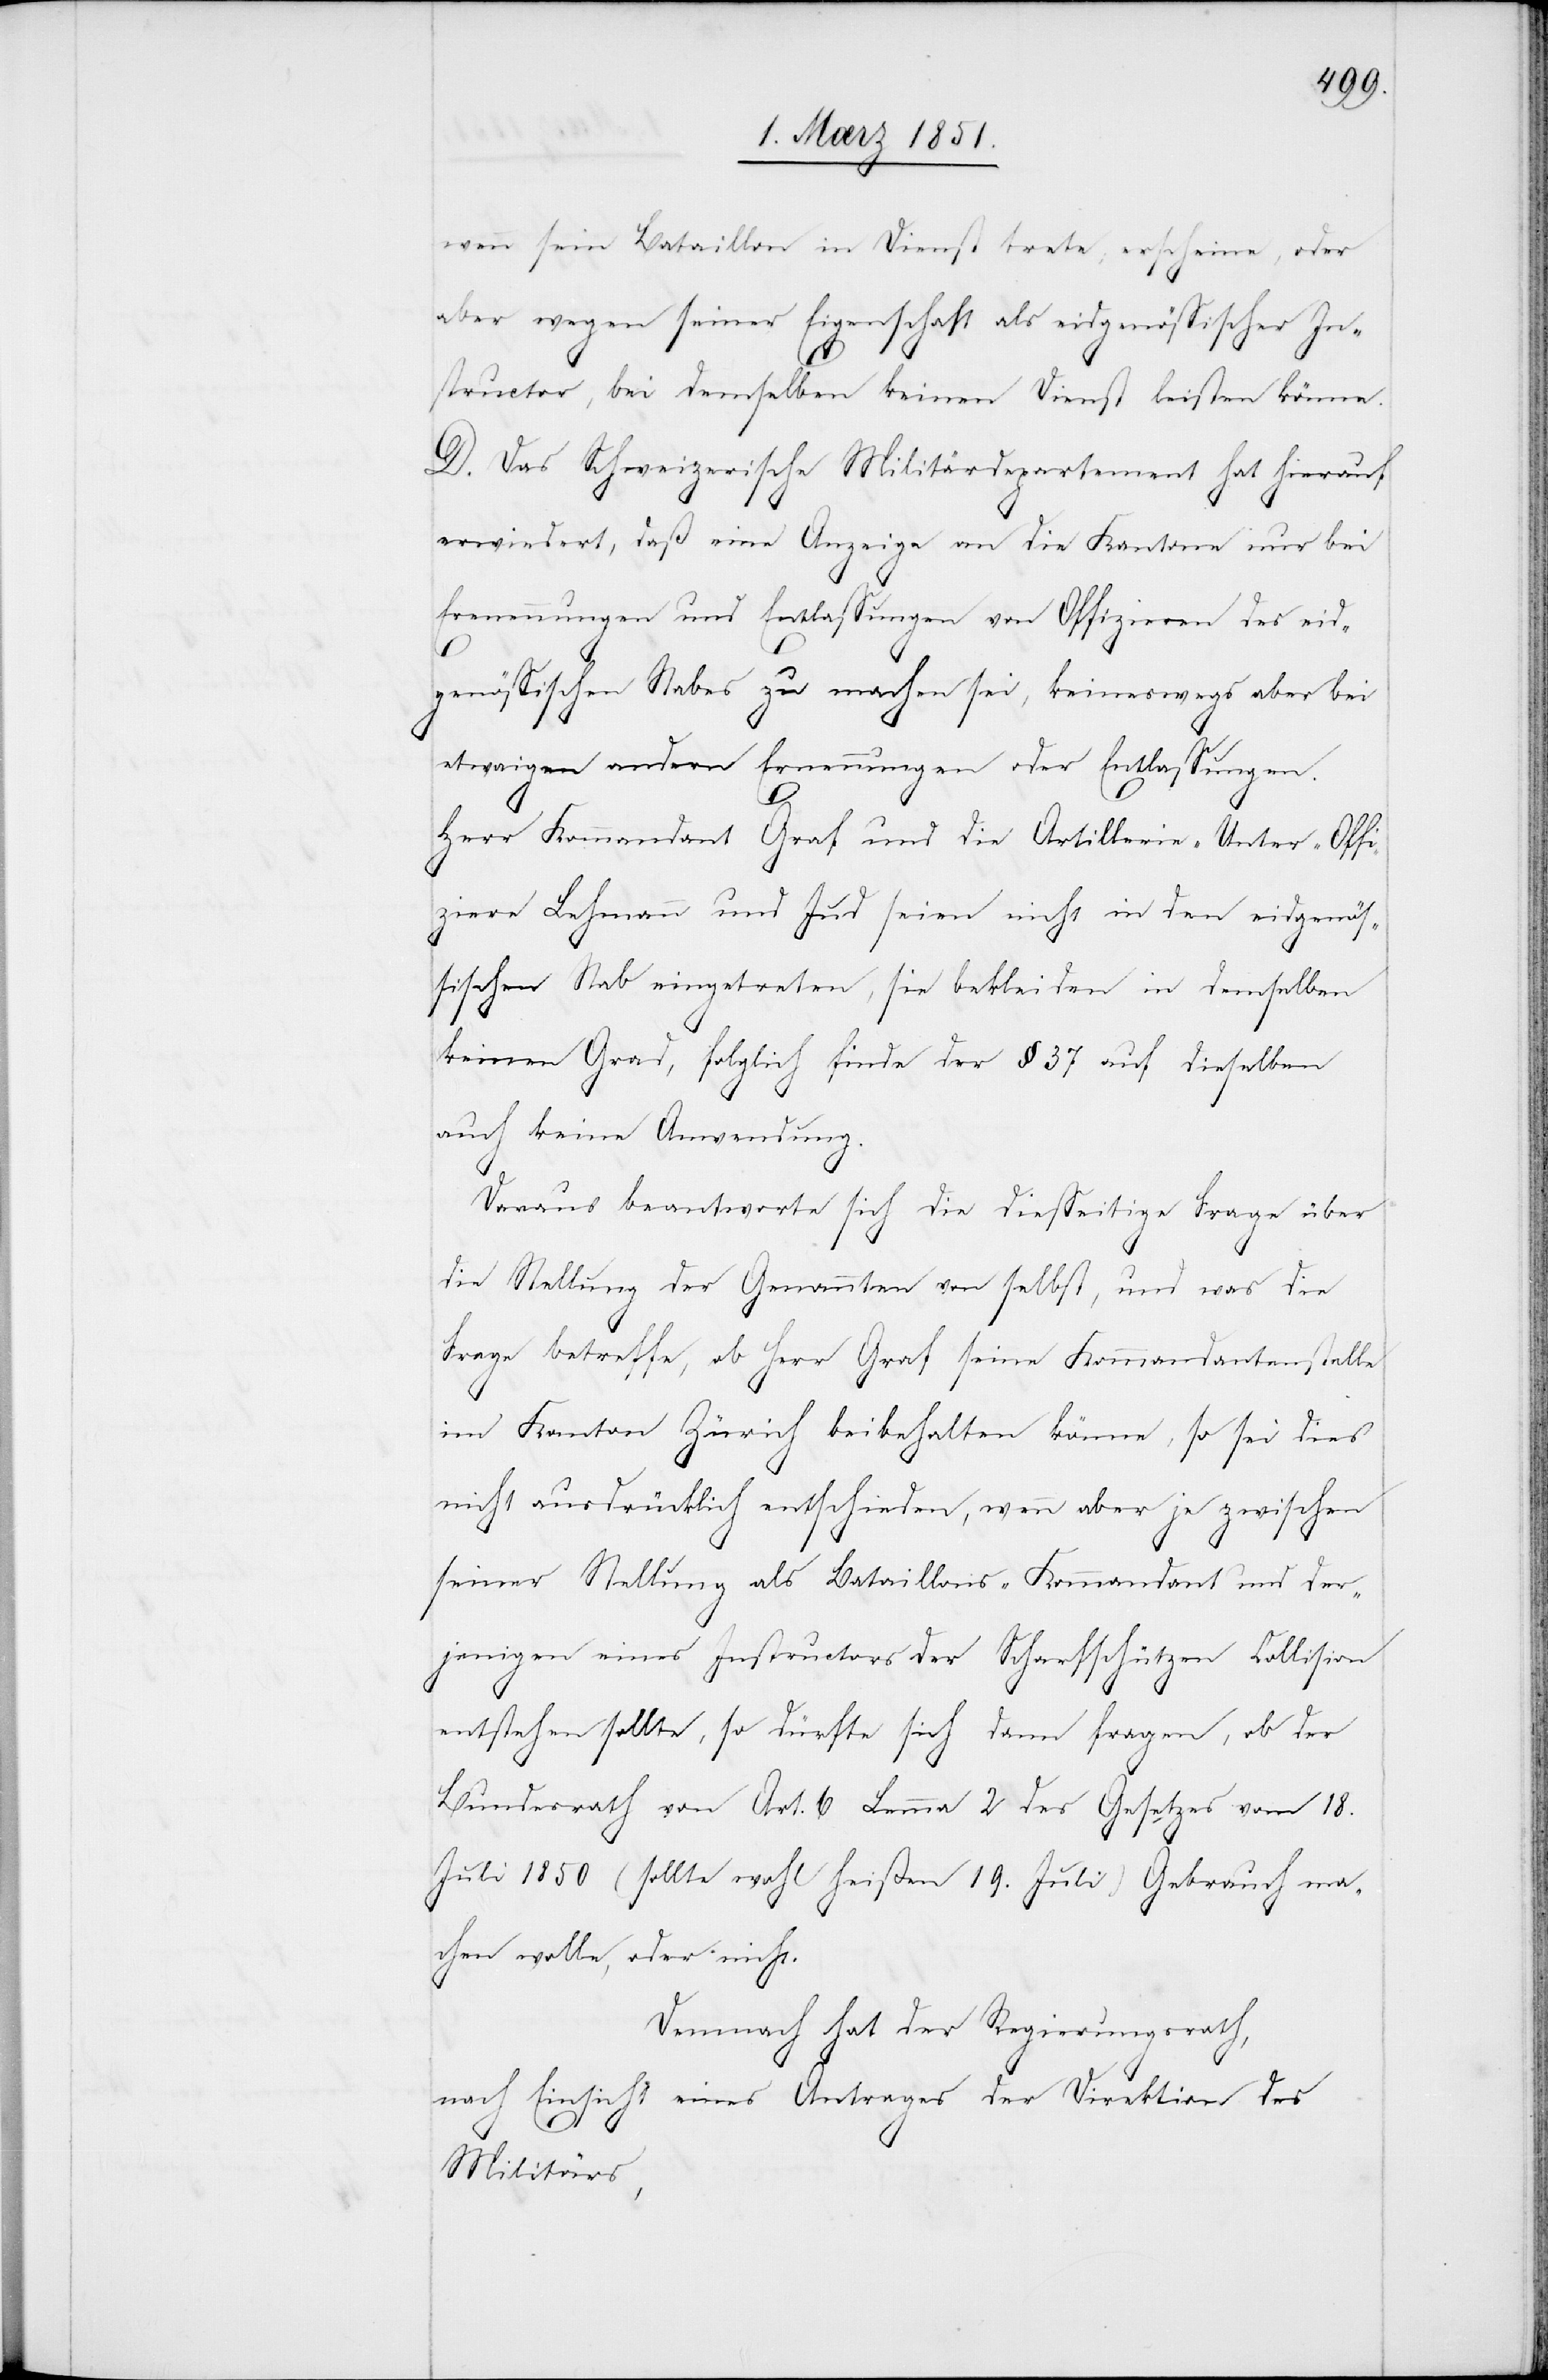
wenn sein Bataillon in Dienst trete, erscheine, oder
aber wegen seiner Eigenschaft als eidgenössischer In¬
structor, bei demselben keinen Dienst leisten könne.
D. Das Schweizerische Militärdepartement hat hierauf
erwiedert, daß eine Anzeige an die Kantone nur bei
eid¬
genössischen Stabes zu machen sei, keineswegs aber bei
etwaigen andern Ernennungen oder Entlassungen.
Herr Kommandant Graf und die Artillerie-Unter-Offi¬
ziere Lehmann [sic!] und Jud seien nicht in den eidgenös¬
sischen Stab eingetreten, sie bekleiden in demselben
keinen Grad, folglich finde der § 37 auf dieselben
auch keine Anwendung.
Daraus beantworte sich die diesseitige Frage über
die Stellung der Genannten von selbst, und was die
Frage betreffe, ob Herr Graf seine Kommandantenstelle
im Kanton Zürich beibehalten könne, so sei dies
nicht ausdrücklich entschieden, wenn aber je zwischen
seiner Stellung als Bataillons-Kommandant und der¬
jenigen eines Instructors der Scharfschützen Collision
entstehen sollte, so dürfte sich dann fragen, ob der
Bundesrath von Art. 6 Lemma 2 des Gesetzes vom 18.
Juli 1850 (sollte wohl heißen 19. Juli) Gebrauch ma¬
chen wolle, oder nicht.
Demnach hat der Regierungsrath,
nach Einsicht eines Antrages der Direktion des
Militärs,